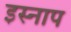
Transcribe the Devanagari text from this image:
इस्नाप